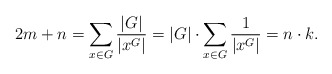
\begin{align*}2m +n = \sum_{x\in G} {\frac{|G|}{|x^G|}} = |G|\cdot \sum_{x\in G}{\frac{1}{|x^G|}} = n\cdot k.\end{align*}